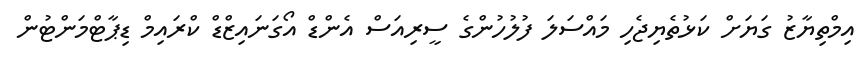
އިމްތިޔާޒު ގަޔަށް ކަޅުތެޔިޖެހި މައްސަލަ ފުލުހުންގެ ސީރިއަސް އެންޑް އޯގަނައިޒްޑް ކްރައިމް ޑިޕާޓްމަންޓުން